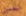
بتعديل